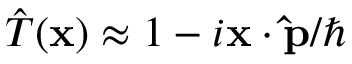
{ \hat { T } } ( \mathbf { x } ) \approx 1 - i \mathbf { x } \cdot \mathbf { \hat { p } } / \hbar